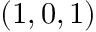
( 1 , 0 , 1 )